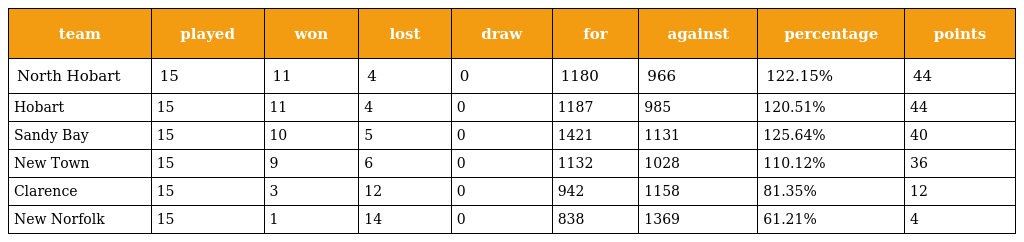
| team | played | won | lost | draw | for | against | percentage | points |
 | --- | --- | --- | --- | --- | --- | --- | --- | --- |
 | North Hobart | 15 | 11 | 4 | 0 | 1180 | 966 | 122.15% | 44 |
 | Hobart | 15 | 11 | 4 | 0 | 1187 | 985 | 120.51% | 44 |
 | Sandy Bay | 15 | 10 | 5 | 0 | 1421 | 1131 | 125.64% | 40 |
 | New Town | 15 | 9 | 6 | 0 | 1132 | 1028 | 110.12% | 36 |
 | Clarence | 15 | 3 | 12 | 0 | 942 | 1158 | 81.35% | 12 |
 | New Norfolk | 15 | 1 | 14 | 0 | 838 | 1369 | 61.21% | 4 |